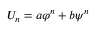
U _ { n } = a \varphi ^ { n } + b \psi ^ { n }